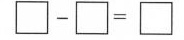
$$\Box -\Box = \Box$$